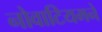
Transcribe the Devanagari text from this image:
नोवाटियमने